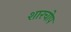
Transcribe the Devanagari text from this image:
शारचोप